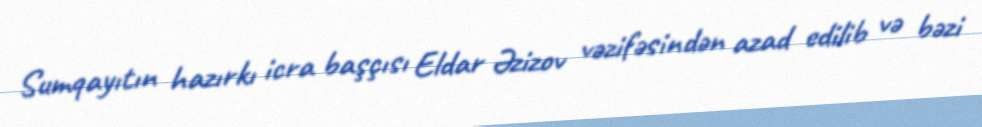
Sumqayıtın hazırkı icra başçısı Eldar Əzizov vəzifəsindən azad edilib və bəzi